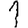
Digit: 1